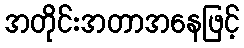
အတိုင်းအတာအနေဖြင့်